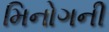
મિનોગની